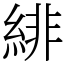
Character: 緋